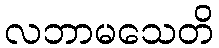
လဘာမသေတိ